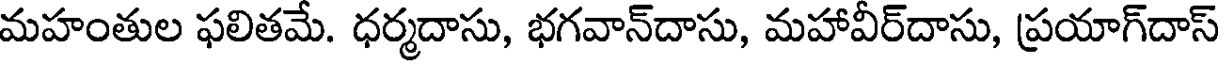
మహంతుల ఫలితమే. ధర్మదాసు, భగవాన్దాసు, మహావీర్దాసు, ప్రయాగ్దాస్